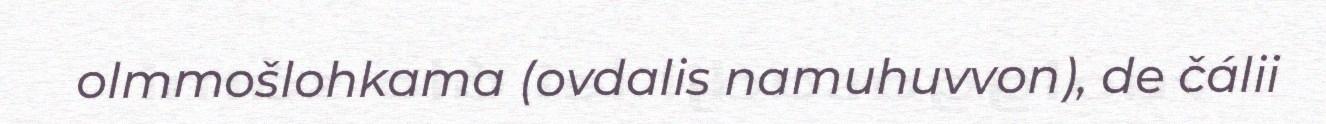
olmmošlohkama (ovdalis namuhuvvon), de čálii